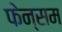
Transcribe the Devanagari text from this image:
फेन्सम